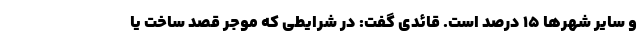
و سایر شهر‌ها ۱۵ درصد است. قائدی گفت: در شرایطی که موجر قصد ساخت یا